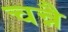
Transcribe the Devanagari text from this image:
चन्नै